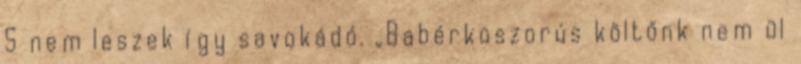
S nem leszek így savokádó. „Babérkoszorús költőnk nem ül